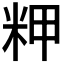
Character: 𰪴